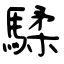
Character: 騥